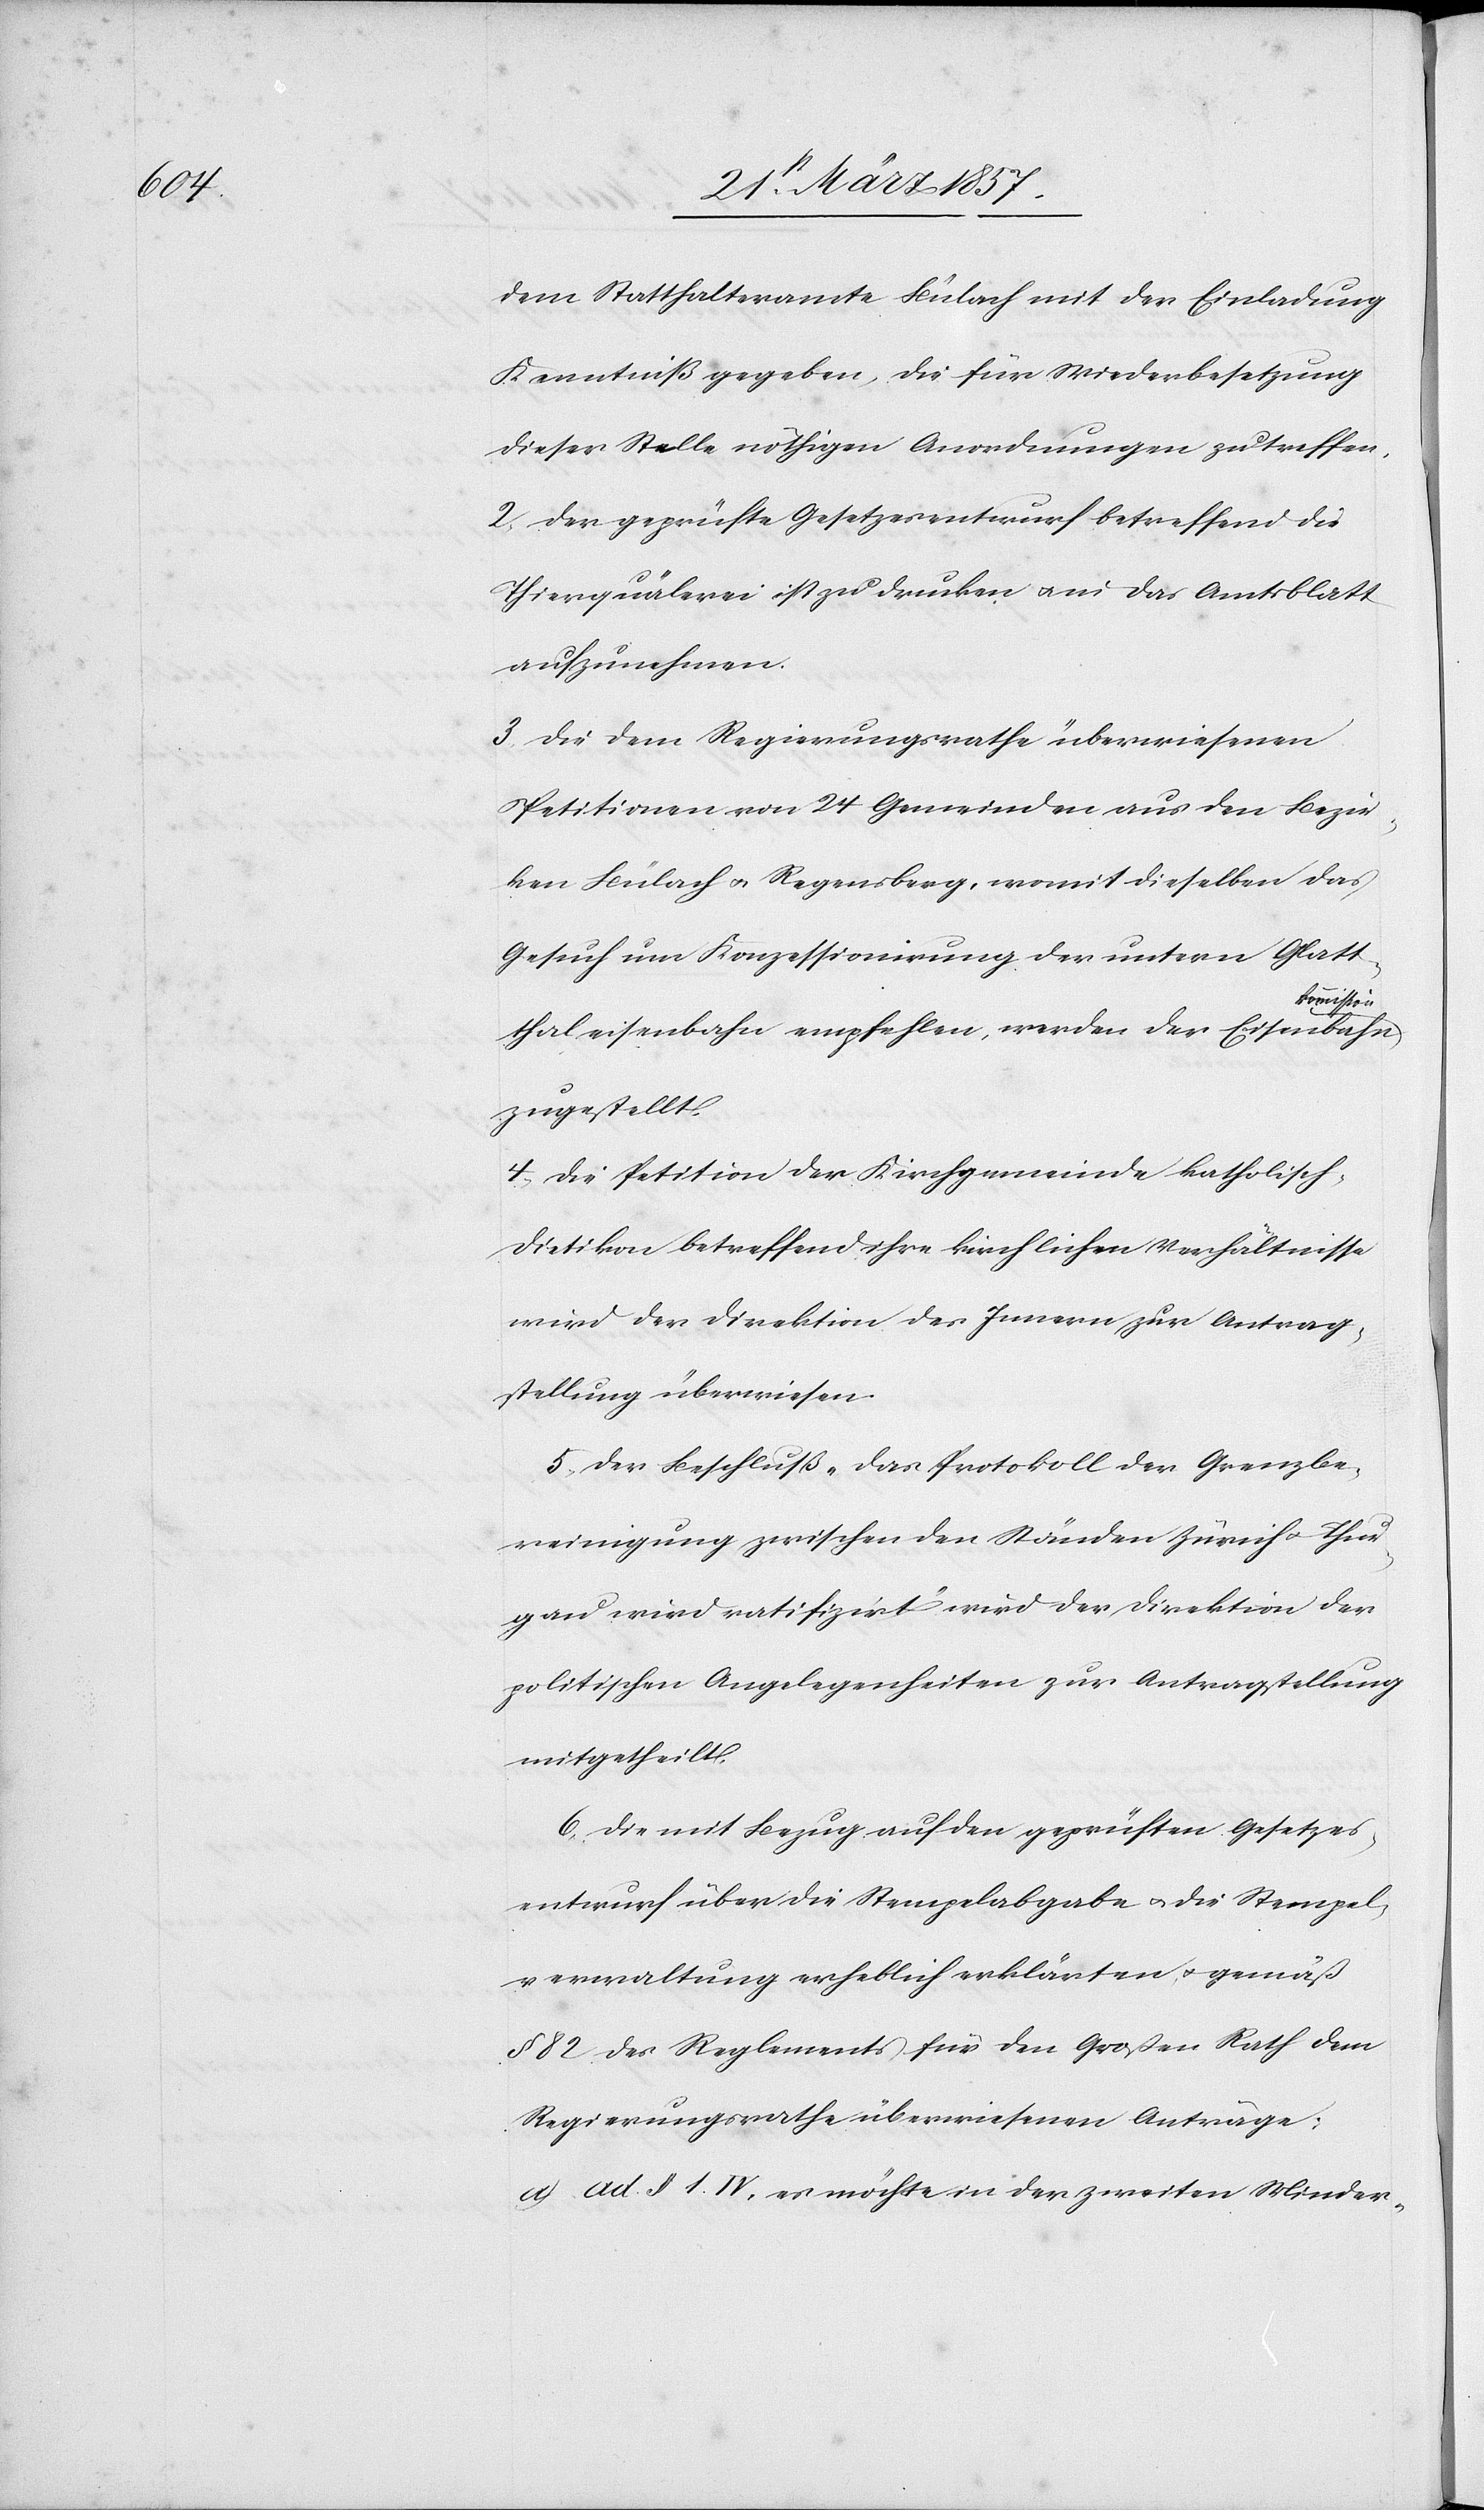
dem Statthalteramte Bülach mit der Einladung
Kenntniß gegeben, die für Wiederbesetzung
dieser Stelle nöthigen Anordnungen zu treffen,
2. Der geprüfte Gesetzesentwurf betreffend die
Thierquälerei ist zu drucken u. in das Amtsblatt
aufzunehmen.
3. Die dem Regierungsrathe überwiesenen
Petitionen von 24 Gemeinden aus den Bezir¬
ken Bülach u. Regensberg, womit dieselben das
Gesuch um Konzessionirung der untern Glatt¬
kommission
thaleisenbahn empfehlen, werden der Eisenbahn¬
zugestellt.
4. Die Petition der Kirchgemeinde katholisch-D¬
ietikon betreffend ihre kirchlichen Verhältnisse
wird der Direktion des Innern zur Antrag¬
stellung überwiesen.
5. Der Beschluß „Das Protokoll der Grenzbe¬
reinigung zwischen den Ständen Zürich u. Thur¬
gau wird ratifizirt“ wird der Direktion der
politischen Angelegenheiten zur Antragstellung
mitgetheilt.
6. Die mit Bezug auf den geprüften Gesetzes¬
entwurf über die Stempelabgabe u. die Stempel¬
verwaltung erheblich erklärten u. gemäß
§ 82 des Reglements für den Großen Rath dem
Regierungsrathe überwiesenen Anträge:
a) ad § 1. IV, es möchte in der zweiten Minder-